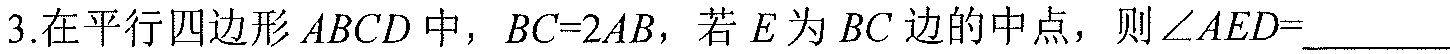
3.在平行四边形\(ABCD\)中，\(BC = 2AB\)，若\(E\)为\(BC\)边的中点，则\(\angle AED=\underline{\quad\quad}\)